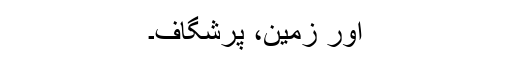
اور زمین، پرشگاف۔